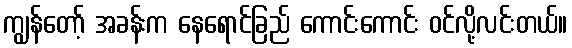
ကျွန်တော့် အခန်းက နေရောင်ခြည် ကောင်းကောင်း ဝင်လို့လင်းတယ်။